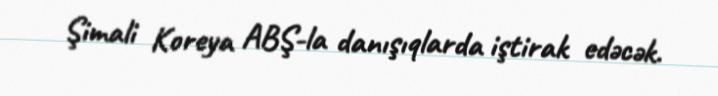
Şimali Koreya ABŞ-la danışıqlarda iştirak edəcək.